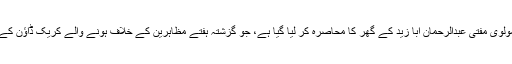
مزید یہ کہ درعا کے ایک مولوی مفتی عبدالرحمان ابا زید کے گھر کا محاصرہ کر لیا گیا ہے، جو گزشتہ ہفتے مظاہرین کے خلاف ہونے والے کریک ڈاؤن کے بعد سے فرار ہوگئے تھے۔